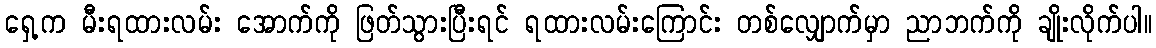
ရှေ့က မီးရထားလမ်း အောက်ကို ဖြတ်သွားပြီးရင် ရထားလမ်းကြောင်း တစ်လျှောက်မှာ ညာဘက်ကို ချိုးလိုက်ပါ။